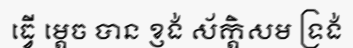
ធ្វើ ម្តេច បាន ខ្ញង់ ស័ក្តិសម ទ្រង់